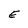
Character: E